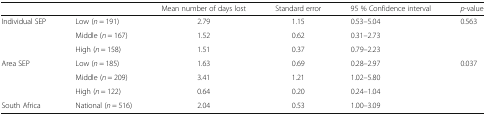
<table><thead><tr><td colspan="2"></td><td><b>Mean number of days lost</b></td><td><b>Standard error</b></td><td><b>95 % Confidence interval</b></td><td><b><i>p</i>-value</b></td></tr></thead><tbody><tr><td rowspan="3">Individual SEP</td><td>Low (<i>n</i> = 191)</td><td>2.79</td><td>1.15</td><td>0.53–5.04</td><td>0.563</td></tr><tr><td>Middle (<i>n</i> = 167)</td><td>1.52</td><td>0.62</td><td>0.31–2.73</td><td></td></tr><tr><td>High (<i>n</i> = 158)</td><td>1.51</td><td>0.37</td><td>0.79–2.23</td><td></td></tr><tr><td rowspan="3">Area SEP</td><td>Low (<i>n</i> = 185)</td><td>1.63</td><td>0.69</td><td>0.28–2.97</td><td>0.037</td></tr><tr><td>Middle (<i>n</i> = 209)</td><td>3.41</td><td>1.21</td><td>1.02–5.80</td><td></td></tr><tr><td>High (<i>n</i> = 122)</td><td>0.64</td><td>0.20</td><td>0.24–1.04</td><td></td></tr><tr><td>South Africa</td><td>National (<i>n</i> = 516)</td><td>2.04</td><td>0.53</td><td>1.00–3.09</td><td></td></tr></tbody></table>